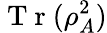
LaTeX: \mathrm{~T~r~}(\rho_{A}^{2})